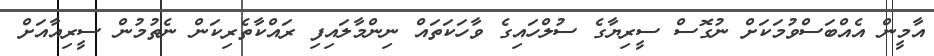
އާމީން އެއްބަސްވުމަކަށް ނުގޮސް ސީރިޔާގެ ސުލްހައިގެ ވާހަކަތައް ނިންމާލައިފި ރައްކާތެރިކަން ނެތުމުން ސީރިއާއަށް